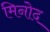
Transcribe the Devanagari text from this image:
मिनोद